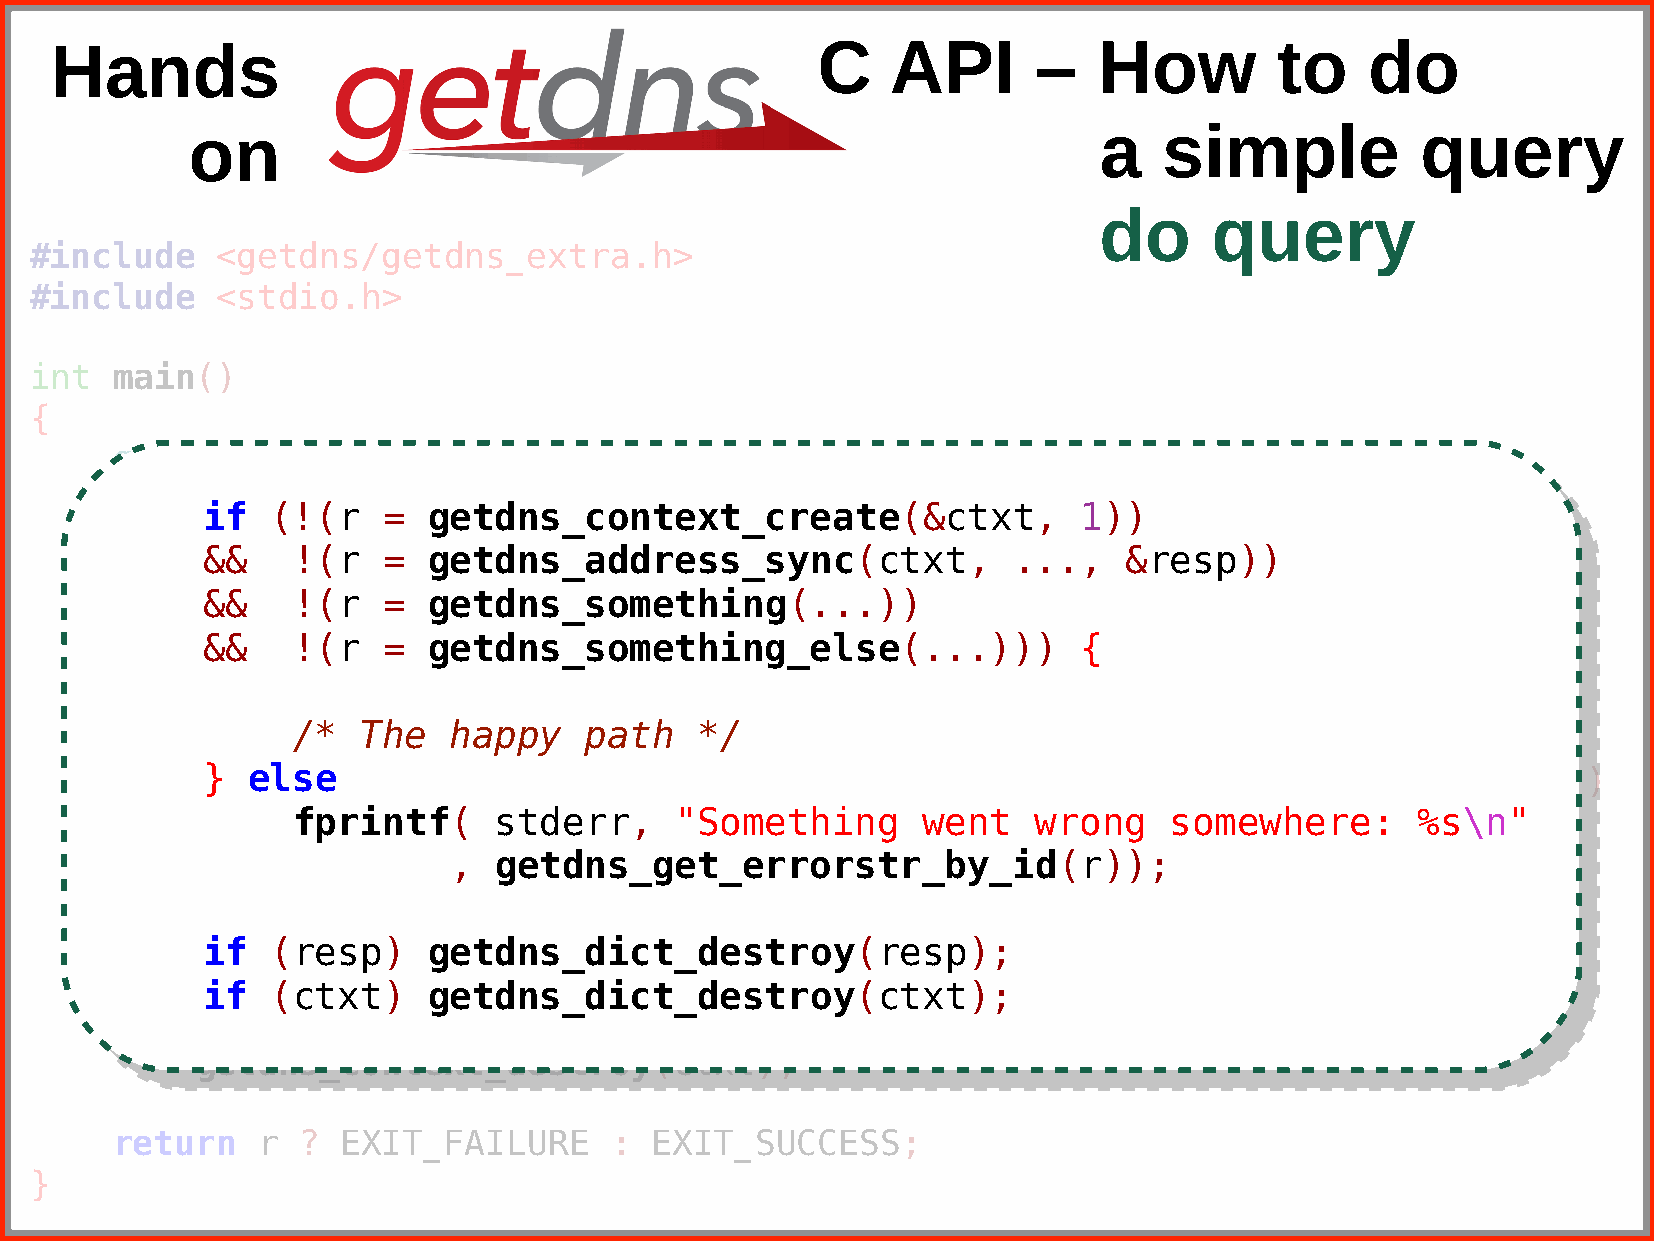
Hands                                              C    API       –   How         to    do
 on                                                           a   simple           query
 do     query
 #include    <getdns/getdns_extra.h>
 #include    <stdio.h>
 int  main()
 {
 getdns_return_t       r;
 getdns_context       *ctxt   =  NULL;
 if   (!(r   =  getdns_context_create(&ctxt,                1))
 g e td n si_fd i(c!t( r* r=e spg e=t dNnUsL_Lc;ontext_create(&ctxt, 1))
 &&    !(r   =  getdns_address_sync(ctxt,              ...,   &resp))
 &&    !(r  =  getdns_address_sync(ctxt,              ...,    &resp))
 &&    !(r   =  getdns_something(...))
 i f  ( ( r& &= g!e(trd n=s _cgoenttdenxst__scormeeatteh(i&ncgt(x.t.,. )1))))
 &&    !(r   =  getdns_something_else(...)))                {
 f p&r&i n t!f((r s=t degrert,d n"sC_osuolmde tnohti ncgr_eealtsee (c.o.nt.e)x)t): {% s\n"
 , getdns_get_errorstr_by_id(r));
 /*   The   happy    path   */
 /*  The   happy    path   */
 e l s e }i fe l(s(er = getdns_address_sync(ctxt,       "getdnsapi.net.",        NULL,   &resp)))
 }  else
 f p r i nftpfr(i snttdfe(r rs,t d"eUrnra,bl e" Stoom edtoh ianng adwdernets sw rloonogk usp:o m%esw\hne"re: %s\n"
 fprintf(     stderr,     "Something      went    wrong    somewhere:      %s\n"
 , g e t d,n sg_egtedtn_se_rrgoerts_terr_rboyr_sitdr(r_)b)y;_id(r));
 ,  getdns_get_errorstr_by_id(r));
 if   (resp)
 if   (resp)    getdns_dict_destroy(resp);
 if  (resp)    getdns_dict_destroy(resp);
 getdns_dict_destroy(resp);
 if   (ctxt)    getdns_dict_destroy(ctxt);
 if  (ctxt)    getdns_dict_destroy(ctxt);
 if   (ctxt)
 getdns_context_destroy(ctxt);
 return    r  ?  EXIT_FAILURE     :  EXIT_SUCCESS;
 }